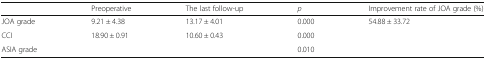
<table><thead><tr><td></td><td><b>Preoperative</b></td><td><b>The last follow-up</b></td><td><b><i>p</i></b></td><td><b>Improvement rate of JOA grade (%)</b></td></tr></thead><tbody><tr><td>JOA grade</td><td>9.21 ± 4.38</td><td>13.17 ± 4.01</td><td>0.000</td><td>54.88 ± 33.72</td></tr><tr><td>CCI</td><td>18.90 ± 0.91</td><td>10.60 ± 0.43</td><td>0.000</td><td></td></tr><tr><td>ASIA grade</td><td></td><td></td><td>0.010</td><td></td></tr></tbody></table>